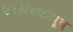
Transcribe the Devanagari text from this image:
शारीरकसूत्र